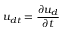
u _ { d t } = \frac { \partial u _ { d } } { \partial t }